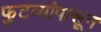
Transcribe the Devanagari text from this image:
फुटव्यांपासून